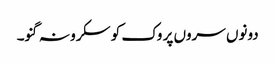
دونوں سروں پر وک کو سکرو نہ گنو۔